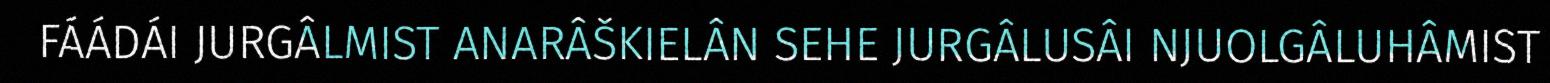
FÁÁDÁI JURGÂLMIST ANARÂŠKIELÂN SEHE JURGÂLUSÂI NJUOLGÂLUHÂMIST